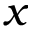
x